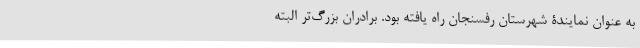
به عنوان نمایندۀ شهرستان رفسنجان راه یافته بود. برادران بزرگ‌تر البته